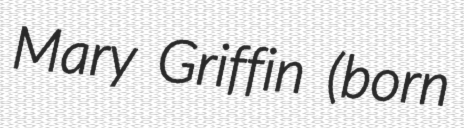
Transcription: Mary Griffin (born